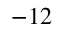
^ { - 1 2 }